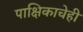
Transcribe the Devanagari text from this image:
पाक्षिकाचेही